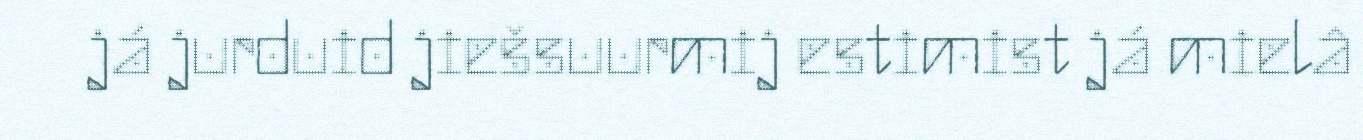
já jurduid jiešsuurmij estimist já mielâ